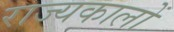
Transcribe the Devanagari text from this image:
राज्यकालों